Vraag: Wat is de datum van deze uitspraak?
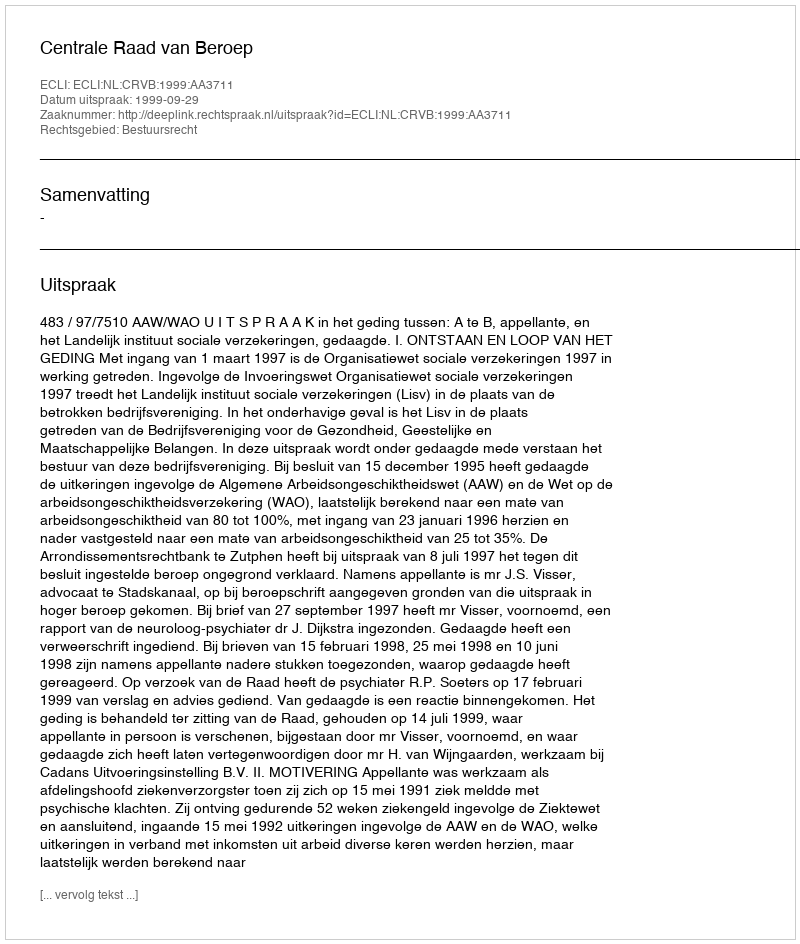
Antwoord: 1999-09-29